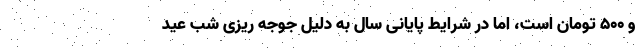
و ۵۰۰ تومان است، اما در شرایط پایانی سال به دلیل جوجه ریزی شب عید